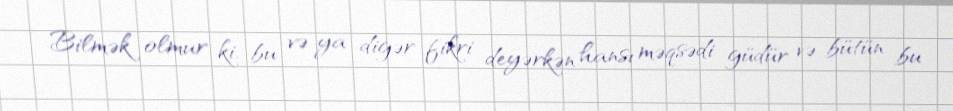
Bilmək olmur ki, bu və ya digər fikri deyərkən hansı məqsədi güdür və bütün bu